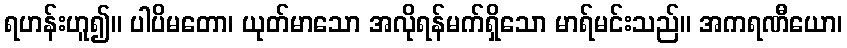
ရဟန်းဟူ၍။ ပါပိမတော၊ ယုတ်မာသော အလိုရန်မက်ရှိသော မာရ်မင်းသည်။ အကရဏီယော၊